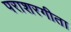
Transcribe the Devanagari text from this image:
पराशरगीता